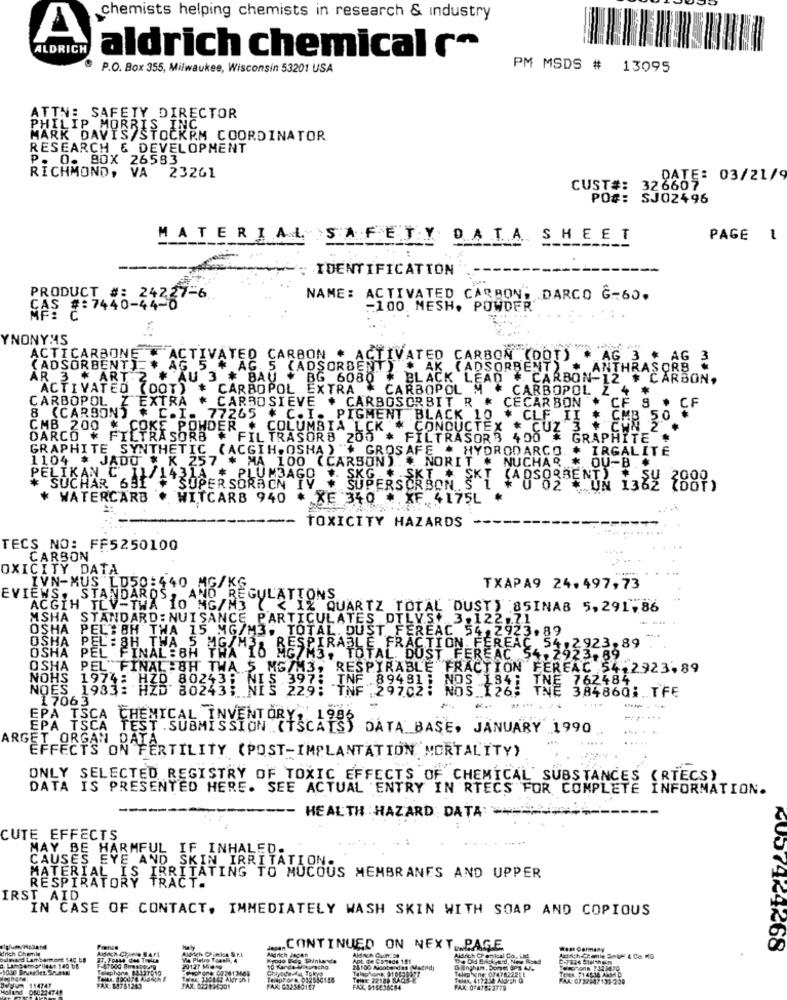
chemists helping chemists in research & industry
ALDRICH
aldrich chemical ro
P.O. Box 355, Milwaukee, Wisconsin 53201 USA
PM MSDS # 13095
ATTN: SAFETY DIRECTOR
PHILIP MORRIS INC.
MARK DAVIS/STOCKRM COORDINATOR
RESEARCH & DEVELOPMENT
P. O. 80X 26583
RICHMOND, VA 23261
DATE: 03/21/9
CUST#: 326607
PO#: SJ02496
MATERIAL SAFETY DATA SHEET
PAGE
: IDENTIFICATION
PRODUCT #: 24227-6
NAME: ACTIVATED CARBON; DARCO G-60.
MAS #: 7440-44-6
-100 MESH. POWDER
YNONYMS
ACTICARBONE . ACTIVATED CARBON . ACTIVATED CARBON (DOT)
AG 3 * AG 3
(ADSORBENT) * AG 5 # AG. 5 (ADSORBENT) . AK (ADSORBENT)
ANTHRASORB&
AR 3 * ART.2 # AU 3 * BAU
* BG 6080 # BLACK LEAD # CARBON-12 # CARBON,
CARBOPOL EXTRA . CARBOPOL M
CARBOPOL Z 4 #
CARBOPOL ..
CF S
ACTIVATED LOSBY * CARROSIEVE . CARBOSORBIT R * CECARBON *
EXTRA *
CF
8 (CARBON) * C.I. 77265 * C.I. PIGMENT BLACK 10 * CLF II * CMB 50
CMB 200 * COKE POWDER * COLUMBIA LCK * CONDUCTEX * CUZ 3
DARCO * FILTRASORB * FILTRASOR8 200 * FILTRASOR 400 * GRAPHITE
GRAPHITE SYNTHETIC (ACGIH, OSHA ) "+ GROSAFE * HYDRODARCO. * IRGALITE
1104 * JADO * K 257 * MA 100 (CARSON)." NORIT * NUCHAR * OU-B.#
PELIKAN C .11/1431A * PLUMBAGO . SKG + SKT # SKT (ADSORBENT) + SU
SUCHAR 691
SUPER SORAON IV
SUPERSORBON S"1
"E UN 1382 (DOT)
* WATERCARD # WITCARB 940
* XE 340 # XF 4175L
TOXICITY HAZARDS
TECS NO: FF5250100
CARBON
OXICITY DATA
.IVN-MUS LD50:440
TXAPA9 24.497,73
EVIEWS. STANDARDS
AN
REGULATIONS
ACGIH TLV-TWA 10 MG/M3
< IZ QUARTZ TOTAL DUST) 85INAB 5,291,86
MSHA STANDARD: NUISANCE PARTICULATES DTLVS. 3.122.71
OSHA PEL:BH TWA 15 MG/M3. TOTAL. DUST FEREAC 54,2923.89
OSHA PEL : 8H THA
RESPIRABLE FRACTION FEREAC 54.2923,89
OSHA PEL FINAL:BH TWA IO MG/M3, TOTAL DUST FEREAC 54.2923.89
OSHA PEL FINAL :8H TWA 5 MG/M3, RESPIRABLE FRACTION FEREAC 54.2923,89
NOHS 1974: HZ0. 805221 MES 229: TNF 29702: NOS 126; TNE 384860; TFE
NOES 1933: HZD 80243;
397: TNF 89481 ; NOS 184;
17063
*.. .....
EPA TSCA CHEMICAL INVENTORY, 198
EPA TSCA TEST . SUBMISSION (TSCATS) DATA BASE, JANUARY 1990
ARGET ORGAN
. ....
EFFECTS ON FERTILITY (POST-IMPLANTATION MORTALITY)
ONLY SELECTED REGISTRY OF TOXIC EFFECTS OF CHEMICAL SUBSTANCES (RTECS)
DATA IS PRESENTED HERE. SEE ACTUAL ENTRY IN RTECS FOR COMPLETE INFORMATION.
-
-- HEALTH : HAZARD DATA:
CUTE EFFECTS
MAY BE HARMFUL IF INHALED.
CAUSES EYE AND SKIN IRRITATION.
MATERIAL IS IRRITATING TO MUCOUS MEMBRANES AND UPPER
RESPIRATORY TRACT.
IRST AID
IN CASE OF CONTACT, IMMEDIATELY WASH SKIN WITH SOAP AND COPIOUS
plum/Mp3and
drich Chemie
Adich Chinle BAPL
Aldrich CPinion & F.L
Maly
CONTINUED ON NEXT, . PAGE
⑆007469<68
ouleand Lambamort $40 bB
Ve Pietro Town, 4
Kyodo Bieg Funkarde
Ant de Cursos 191
Aldrich Chemical Co. Lid
The Old Brickyard, New Rond
Telephone $4327010
20127 Mia19
24100 Nooberes (Madrid)
Ganghan, Dome 5Ps 45
TEER #146-34 AAM 0
114747
Teliphore. 032550155
Telex, 417234 Aldrah Q
FAX: 0732647138-239
Holl und
980274741
FAX: 11751243
FAX: 032540117
FAX. 916536584
FAX: 0 478:3778